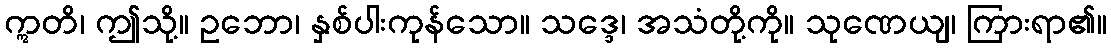
ဣတိ၊ ဤသို့။ ဥဘော၊ နှစ်ပါးကုန်သော။ သဒ္ဒေ၊ အသံတို့ကို။ သုဏေယျ၊ ကြားရာ၏။